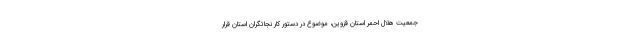
جمعیت هلال احمر استان قزوین، موضوع در دستور کار نجاتگران استان قرار